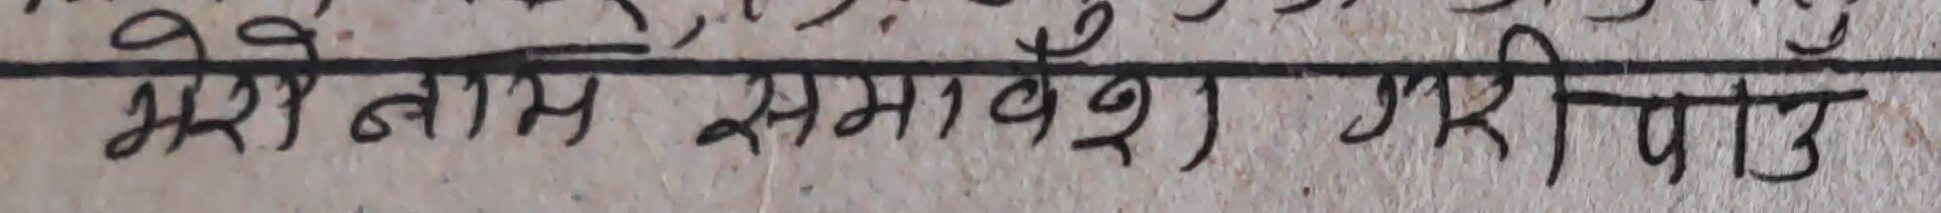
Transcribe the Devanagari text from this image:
मेरो नाम समावेश गरिपाउ